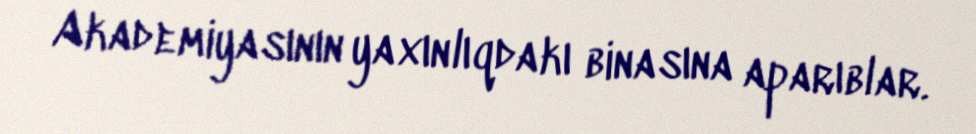
Akademiyasının yaxınlıqdakı binasına aparıblar.